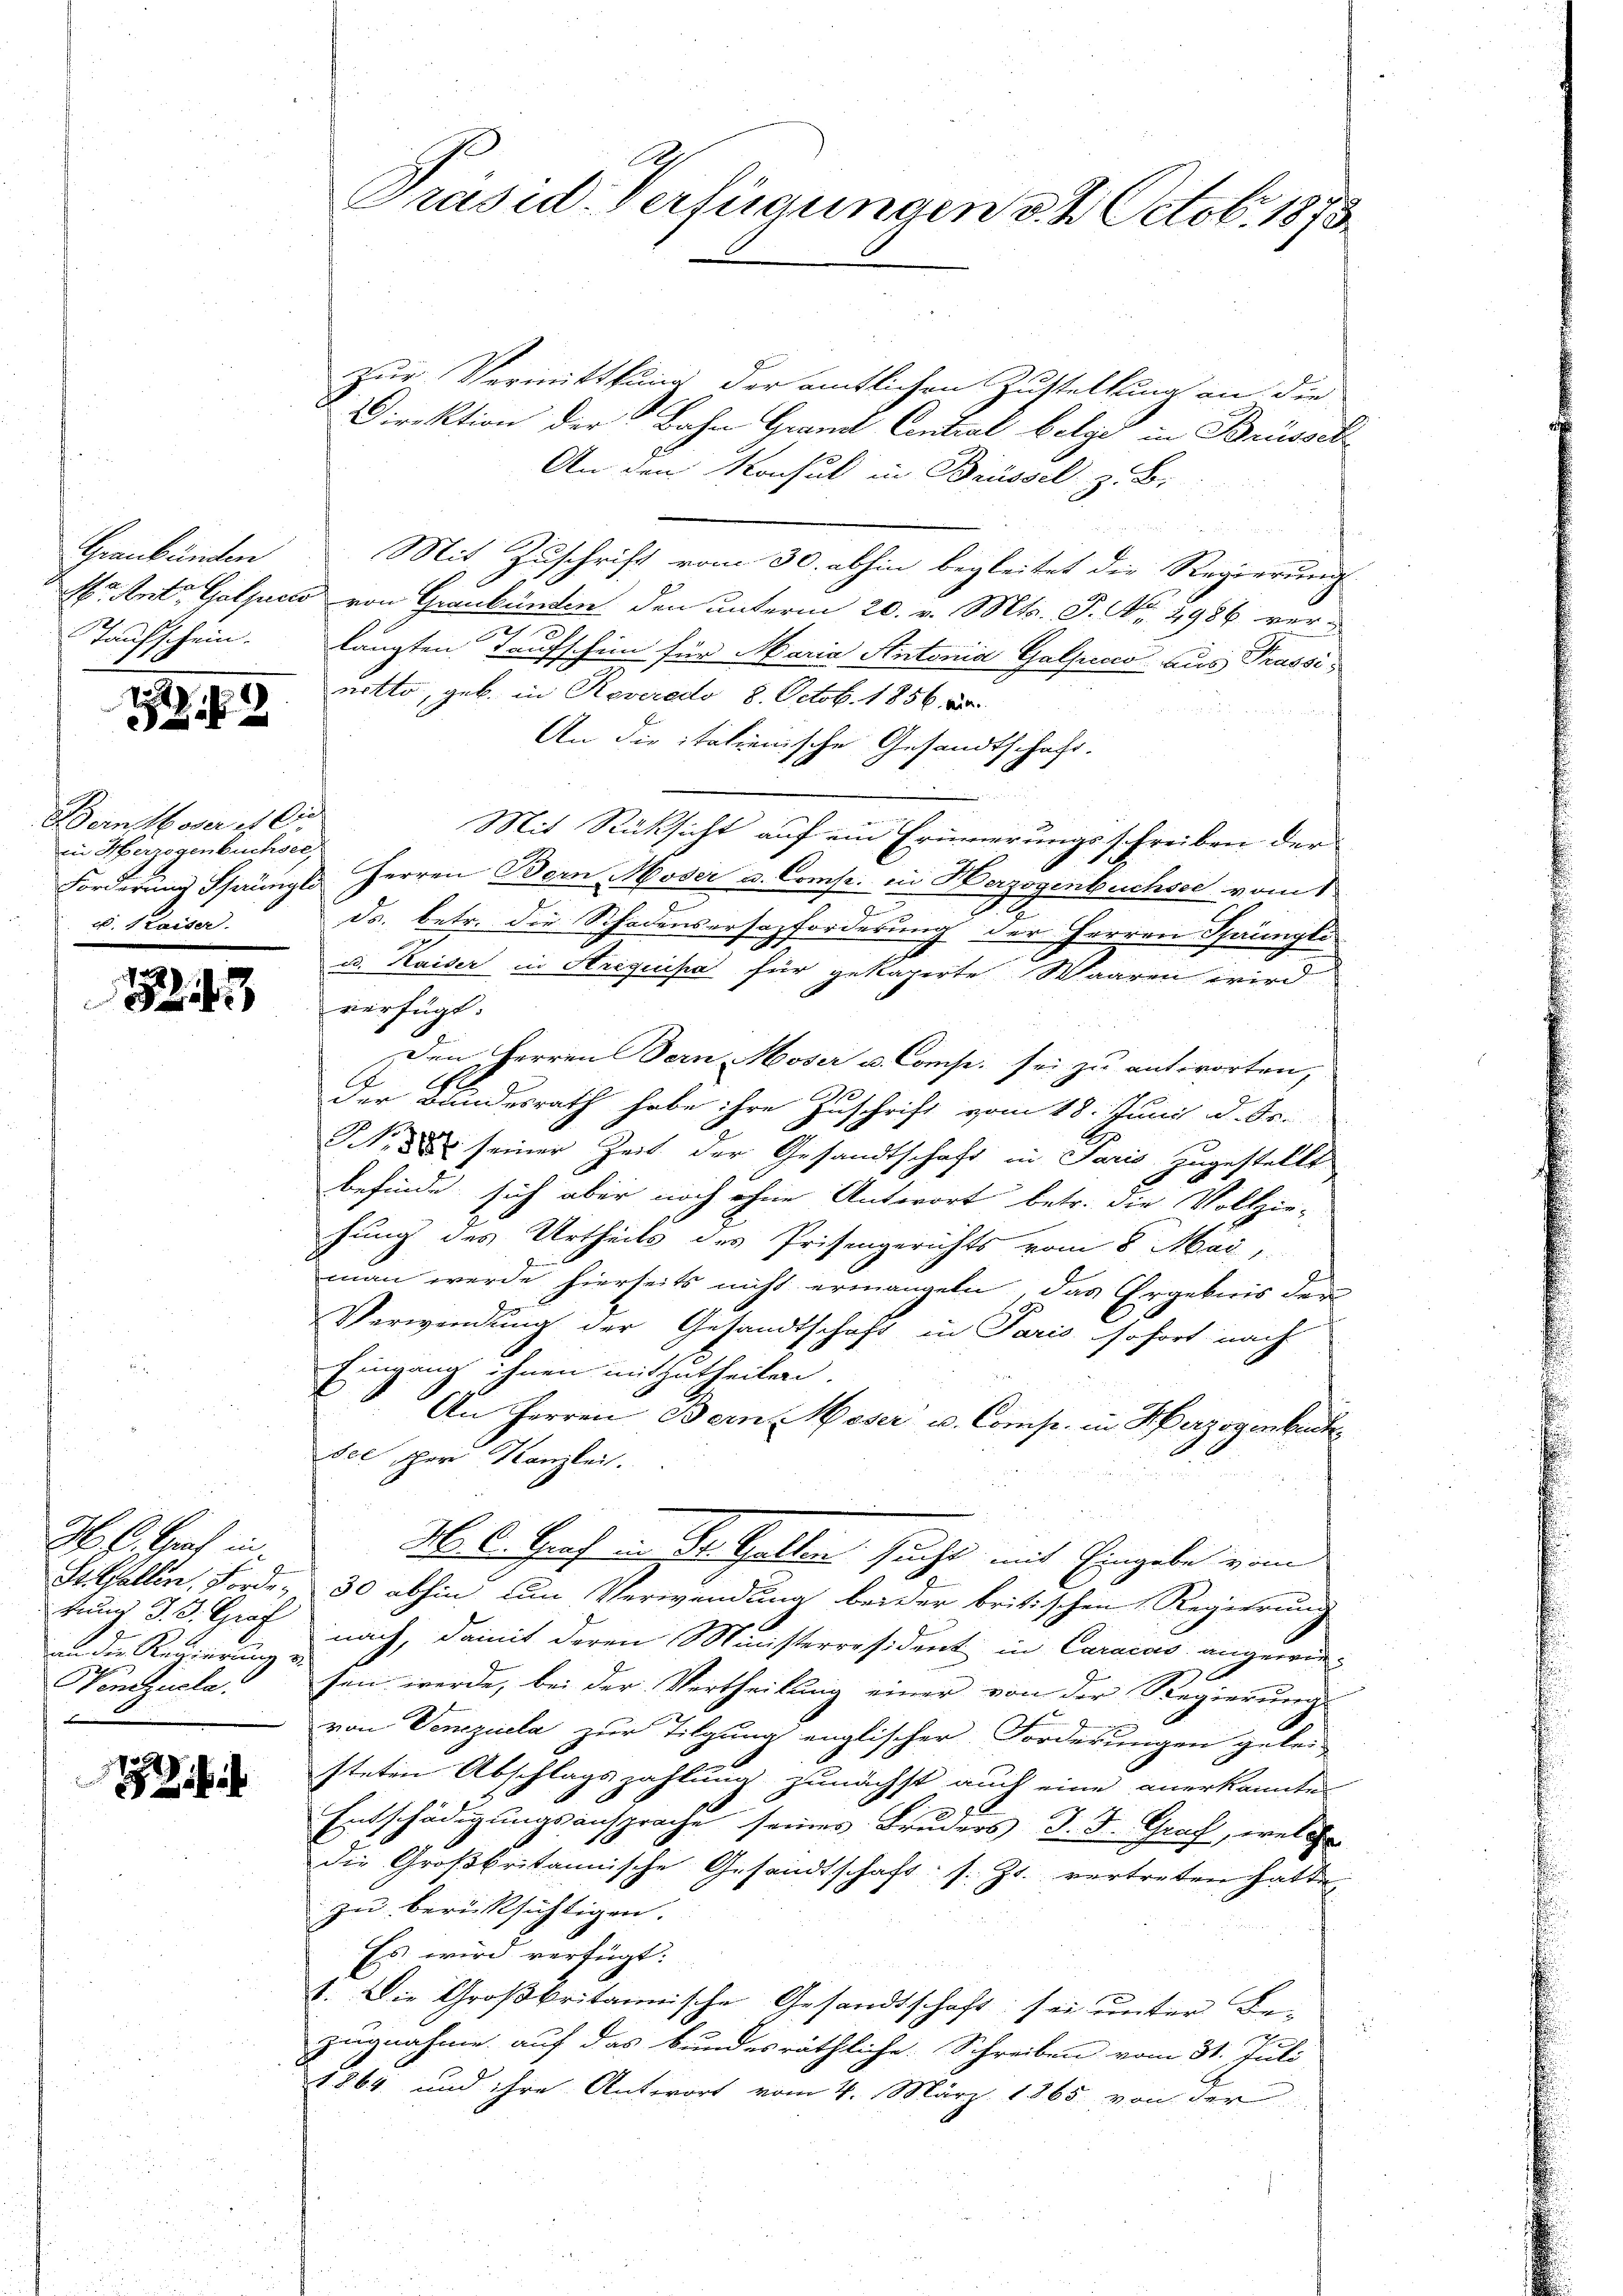
Graubünden
Taufschein.

t
2

Bern Moser
in Herzogenbuchsel,
v. Kaiser

1

H. B. Graf in
Stilfallen, Fordekung d. d. Graf
an die Regierung v.
Venezucla.

i

Präsid. Verfügungen v. 4. Octobr. 1873.

zur Vermittlung der amtlichen Zustellung an die
Direktion der Bahn Grandt Contral belge in Brüssch
An den Konsul in Brüssel zu Ber
Mit Zuschrift vom 30. abhin begleitet die Regierung
Mo. Ant. Galjcco von Graubünden den unterm 20. v. Mts. S. Nr. 4986 verlangten Taufschein für Maria Antonia Galsius aus Prassinotto, geb. in Roveredo 8. Octob. 1856
An die itationische Gesandtschaft.
Mit Rücksicht auf ein Erinnerungsschreiben der
Forderung Sprüngl. Herren Bern Moder u. Comp. in Herzogenbuchsee vom 1
e
ds. betr. die Schadensersazforderung der Herren Sprüngli
u. Kaiser in Arequisia für gekaperte Waaren wird
verfügt:
Den Herren Bern Moser u. Comp. sei zu antworten,
der Bundesrath habe ihre Zuschrift vom 18. Juni d. S.
N. 3 seiner Zeit der Gesandtschaft in Paris zugestellt
befinde sich aber noch ohne Antwort betr. die Vollziehung des Urtheils des Prisengerichts vom 8 Mai
man werde hierseits nicht ermangeln, das Ergebnis der
Verwendung der Gesandtschaft in Paris sofort nach
Eingang ihnen mitzutheilen.
An Herren Bern, Meser u. Comp. in Herzogenbuch
sel scher Kanzlei.
M. C. Graf in St. Gallen sucht mit Eingabe vom
30 abhin um Verwendung beider britischen Regierung
nach, damit deren Ministerresident in Caracas angewiesen werde, bei der Vertheilung einer von der Regierung

von Venezuela zur Tilgung englischer Forderungen gelei-
steten Abschlagszahlung zunächst auch eine anerkannte
Entschädigungsansprache seines Bruders d. J. Graf, welche
die Großbritannische Gesandtschaft s. Zt. vertreten hatte,
zu berücksichtigen. |
Es wird verfügt:
1. Die Großbritannische Gesandtschaft sei unter Be-
zugnahme auf das bundesräthliche Schreiben vom 31. Juli
1864 und ihre Antwort vom 4. März 1865. von der